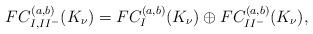
LaTeX: \begin{align*} FC^{(a,b)}_{I,II^-}(K_\nu)=FC^{(a,b)}_I(K_\nu)\oplus FC^{(a,b)}_{II^-}(K_\nu),\end{align*}